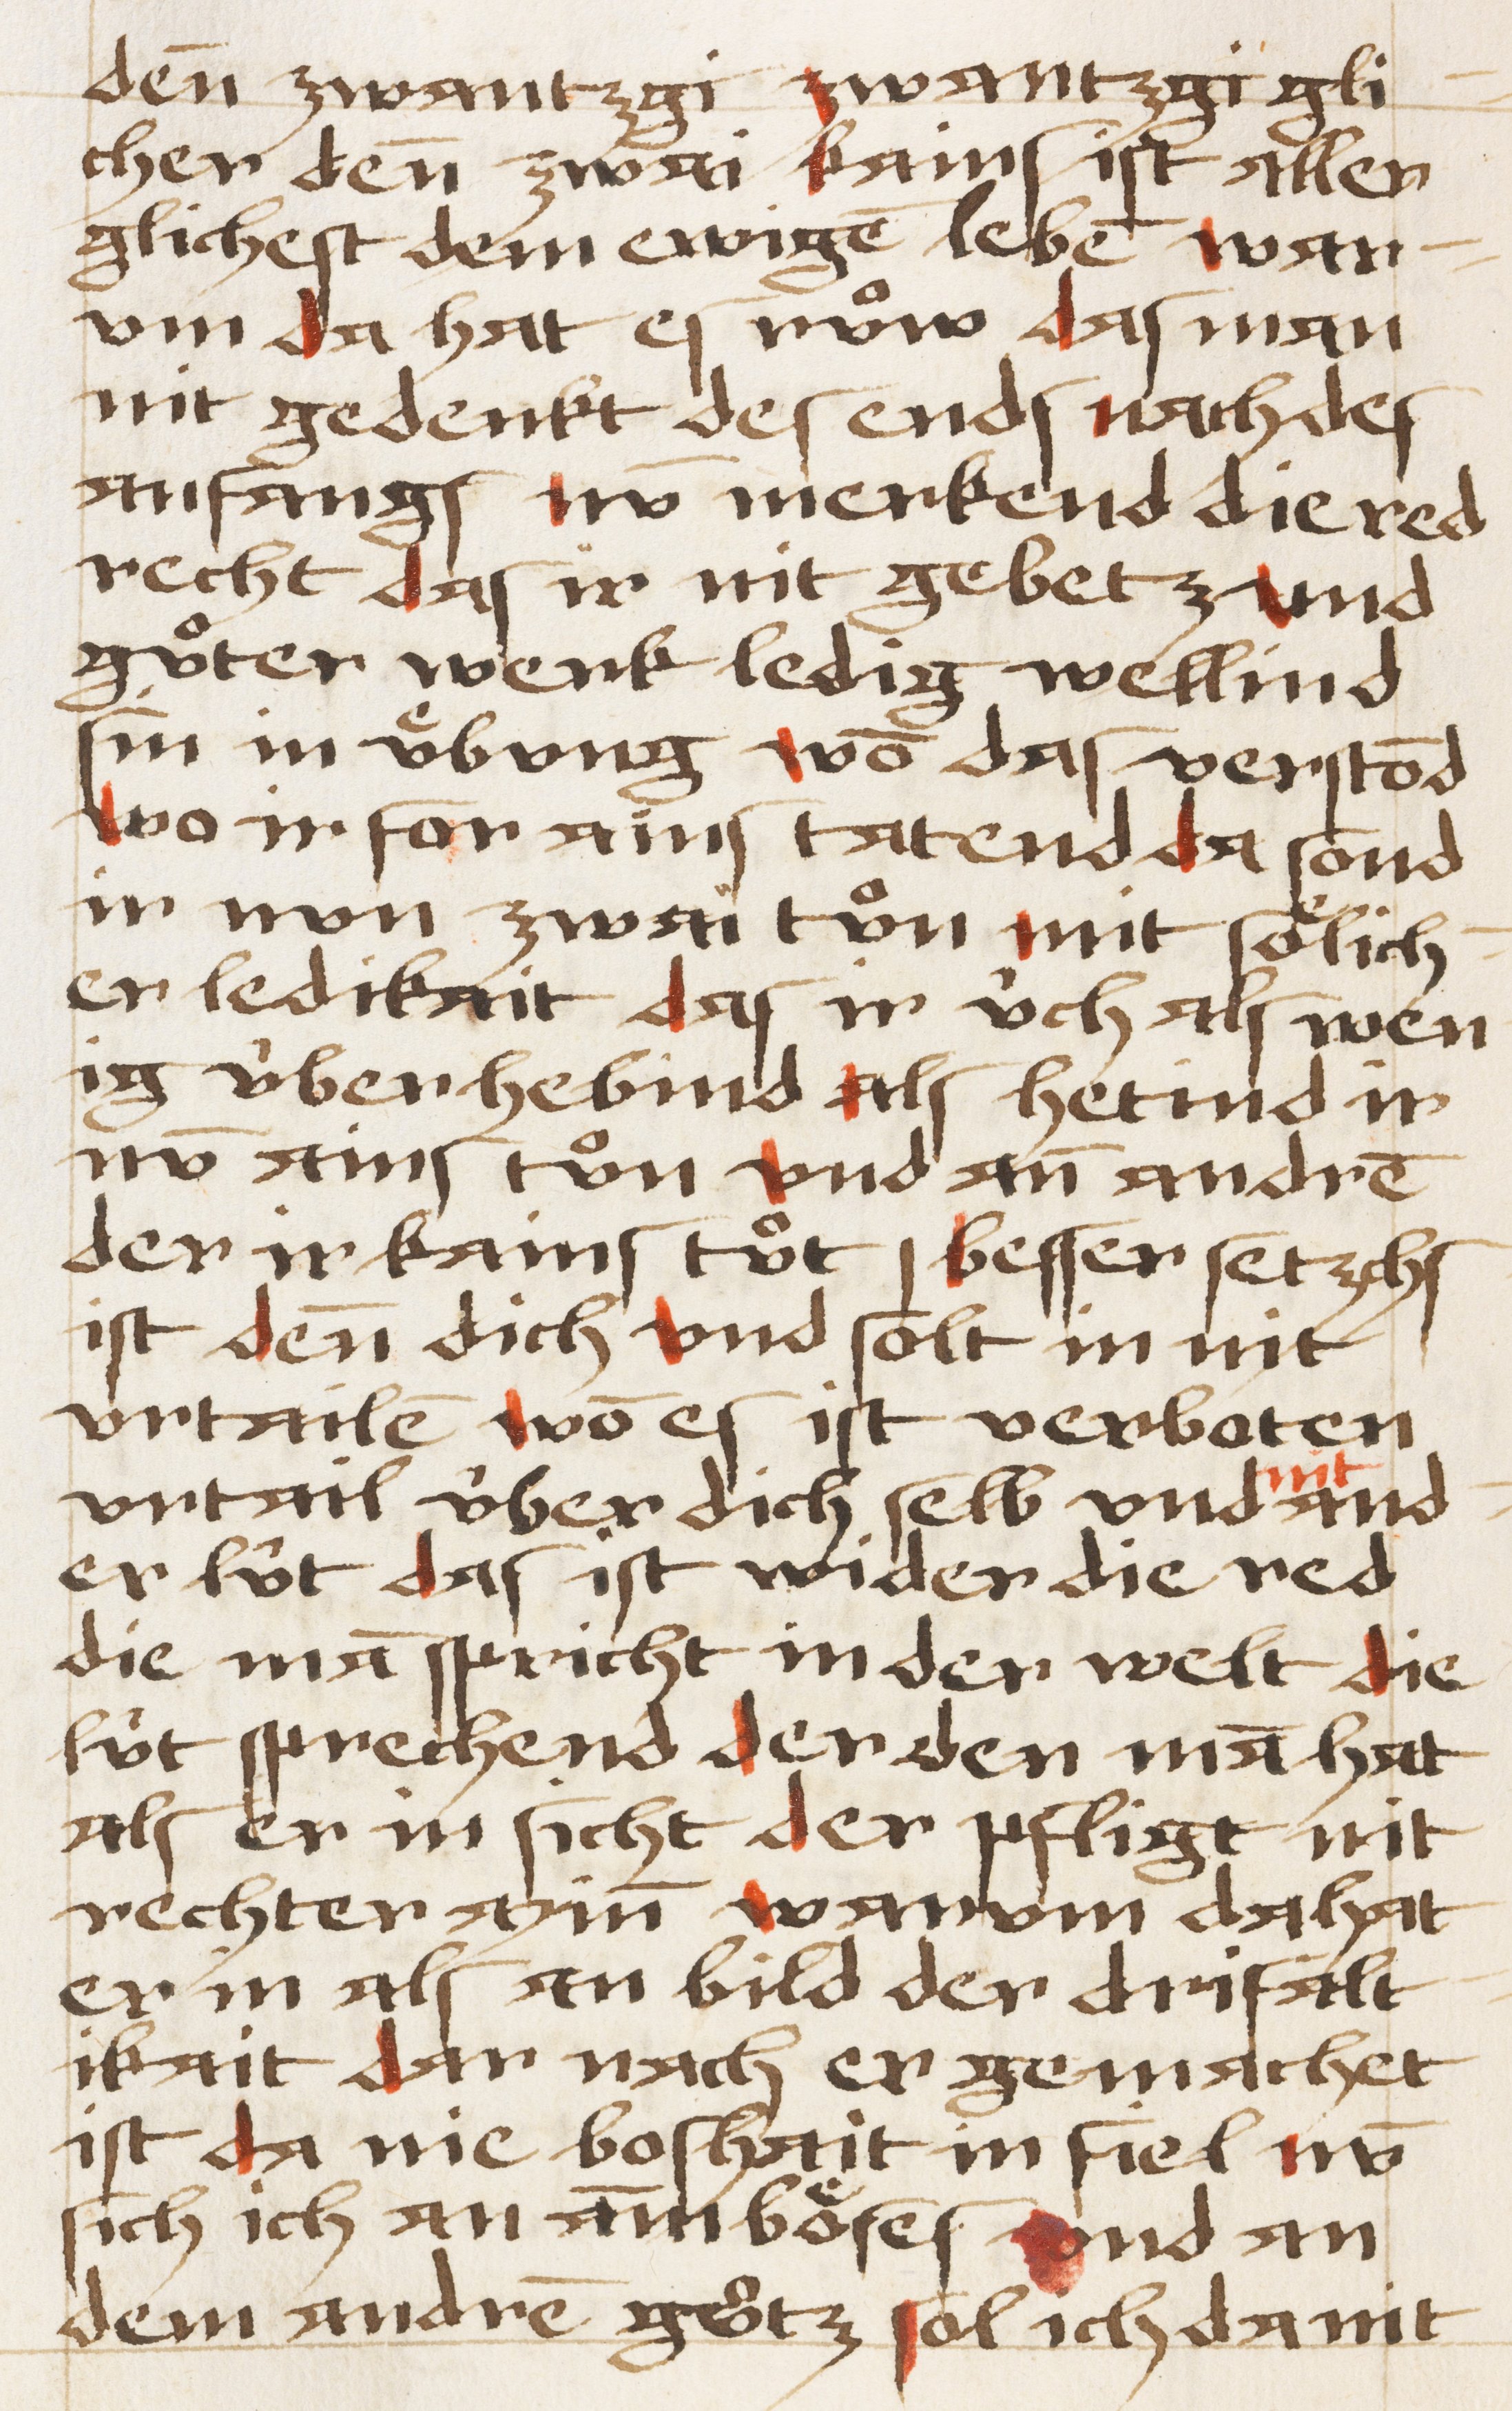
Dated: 1450–1499